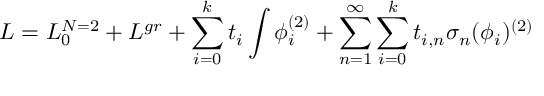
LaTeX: { \cal L } = { \cal L } _ { 0 } ^ { N = 2 } + { \cal L } ^ { g r } + \sum _ { i = 0 } ^ { k } t _ { i } \int \phi _ { i } ^ { ( 2 ) } + \sum _ { n = 1 } ^ { \infty } \sum _ { i = 0 } ^ { k } t _ { i , n } \sigma _ { n } ( \phi _ { i } ) ^ { ( 2 ) }